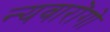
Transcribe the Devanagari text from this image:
न्यवारोंगो